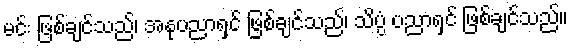
မင်း ဖြစ်ချင်သည်၊ အနုပညာရှင် ဖြစ်ချင်သည်၊ သိပ္ပံ ပညာရှင် ဖြစ်ချင်သည်။